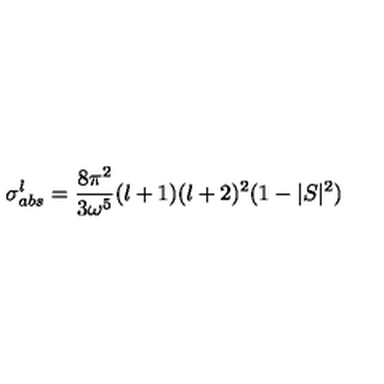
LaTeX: \sigma _ { a b s } ^ { l } = \frac { 8 \pi ^ { 2 } } { 3 { \omega } ^ { 5 } } ( l + 1 ) ( l + 2 ) ^ { 2 } ( 1 - | S | ^ { 2 } )